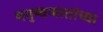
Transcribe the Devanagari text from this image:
मनुष्यजातांच्या